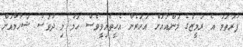
ފުރަތަމަ އެ ރަމީޒުގެ މަންއައަށް އަހަރެން އެހީތެރިވީވެސް ހަމަ މި ދުވަސް ޝަހާމާއަށް